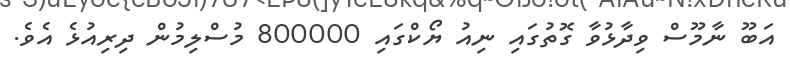
އަބޫ ނާމޫސް ވިދާޅުވާ ގޮތުގައި ނިއު ޔޯކްގައި 800000 މުސްލިމުން ދިރިއުޅެ އެވެ.